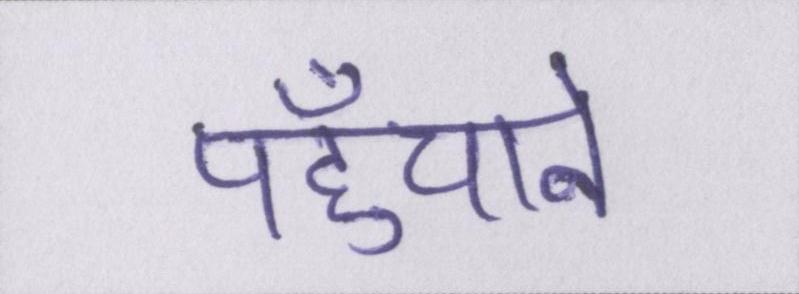
पहुँचाने